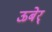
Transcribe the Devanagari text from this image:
ऊबेर्